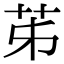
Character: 𦬷